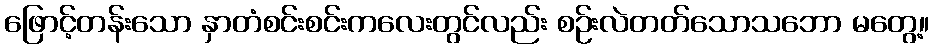
ဖြောင့်တန်းသော နှာတံစင်းစင်းကလေးတွင်လည်း စဉ်းလဲတတ်သောသဘော မတွေ့။